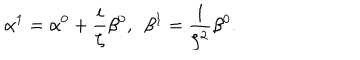
\alpha ^ { 1 } = \alpha ^ { 0 } + \frac { i } { \zeta } \beta ^ { 0 } , \ \ \beta ^ { 1 } = \frac { 1 } { \zeta ^ { 2 } } \beta ^ { 0 } .